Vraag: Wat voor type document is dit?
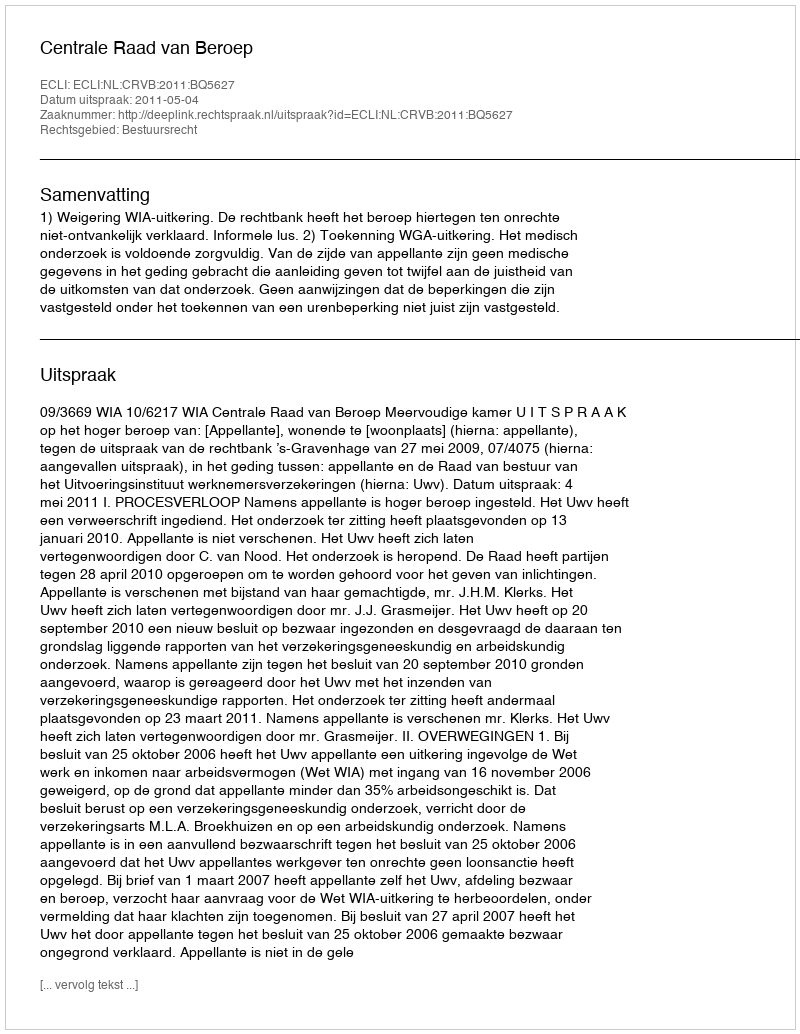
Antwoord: Uitspraak